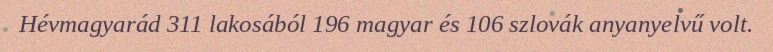
Hévmagyarád 311 lakosából 196 magyar és 106 szlovák anyanyelvű volt.